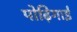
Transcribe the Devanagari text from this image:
पोढ़िगाई